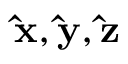
\mathbf { \hat { x } } , \mathbf { \hat { y } } , \mathbf { \hat { z } }